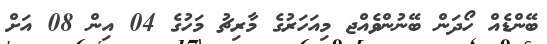
ބޭންޑެއް ހޯދަން ބޭނުންވެއްޖ މިއަހަރުގެ މާރިޗު މަހުގެ 04 އިން 08 އަށް